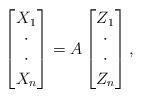
LaTeX: \begin{align*} \begin{bmatrix} X_1 \\ \cdot\\ \cdot\\ X_n \end{bmatrix} = A \begin{bmatrix} Z_1 \\ \cdot\\ \cdot\\ Z_n \end{bmatrix},\end{align*}